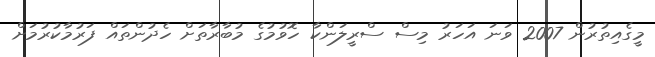
މީގެއިތުރުން 2007 ވަނަ އަހަރު މިސް ސްރީލަންކާ ހޮވުމުގެ މުބާރާތަށް ހެދުންތައް ފަރުމާކުރުމަށް